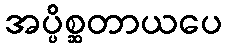
အပ္ပိစ္ဆတာယပေ